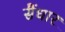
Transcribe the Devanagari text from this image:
सैंधार